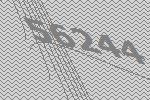
56244